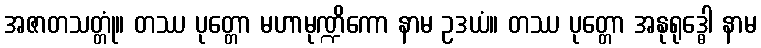
အဇာတသတ္တုံ။ တဿ ပုတ္တော မဟာမုဏ္ဍိကော နာမ ဥဒယံ။ တဿ ပုတ္တော အနုရုဒ္ဓေါ နာမ